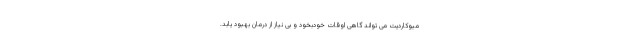
میوکاردیت می تواند گاهی اوقات خودبخود و بی نیاز از درمان بهبود یابد.